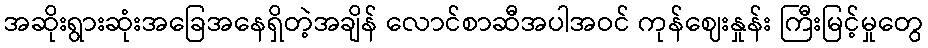
အဆိုးရွားဆုံးအခြေအနေရှိတဲ့အချိန် လောင်စာဆီအပါအဝင် ကုန်ဈေးနှုန်း ကြီးမြင့်မှုတွေ